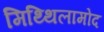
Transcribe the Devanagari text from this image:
मिथ्थिलामोद